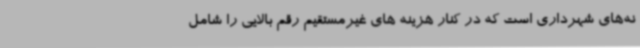
نه‌های شهرداری است که در کنار هزینه های غیرمستقیم رقم بالایی را شامل